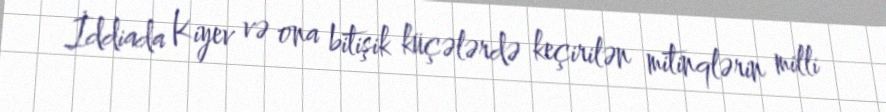
İddiada Kiyev və ona bitişik küçələrdə keçirilən mitinqlərin milli